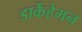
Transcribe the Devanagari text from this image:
डार्केहेमन